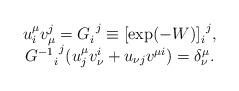
LaTeX: \begin{align*} \begin{array}{c} u^{\mu}_i v^j_{\mu} = G^{~j}_i \equiv [ \exp(-W) ]^{~j}_i,\\ {G^{-1}}^{~j}_i (u^{\mu}_j v^i_{\nu} + u_{\nu j} v^{\mu i}) = \delta^{\mu}_{\nu}. \end{array}\end{align*}